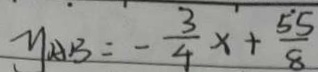
y _ { A B } = - \frac { 3 } { 4 } x + \frac { 5 5 } { 8 }